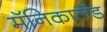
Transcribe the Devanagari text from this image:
मॅनिकालँड